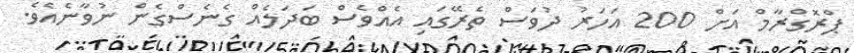
ޕްރޮގްރާމް އަށް 200 އަހަރު ދުވަސް ތެރޭގައި އެއްވެސް ބަދަލެއް ގެެނެސްގެން ނުވާނެއެވެ.